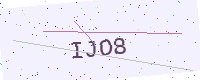
Text: IJO8